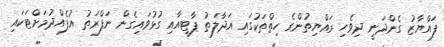
ފައްޔާޒު ގެންދަނީ ދިވެހި ރައްޔިތުންގެ ހިތްތަކުގައި އަދާލަތު ޕާޓީއާއި ގުޅުވައިގެން ނަފްރަތު އުފެއްދުމަށްޓަކައި